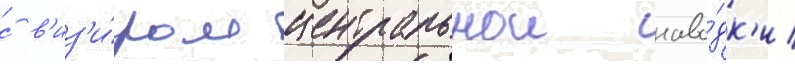
с в'из'и́ром центральнои наво́дк'и